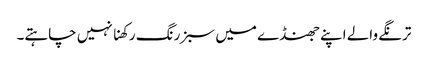
ترنگے والے اپنے جھنڈے میں سبز رنگ رکھنا نہیں چاہتے۔